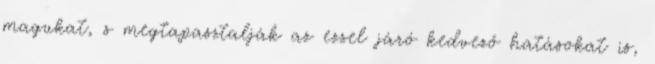
magukat, s megtapasztalják az ezzel járó kedvező hatásokat is,